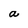
Character: a